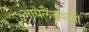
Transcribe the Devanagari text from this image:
आयलैंडवासी